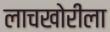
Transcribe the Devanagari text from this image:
लाचखोरीला